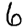
Digit: 6